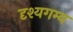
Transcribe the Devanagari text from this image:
दृश्यगम्य